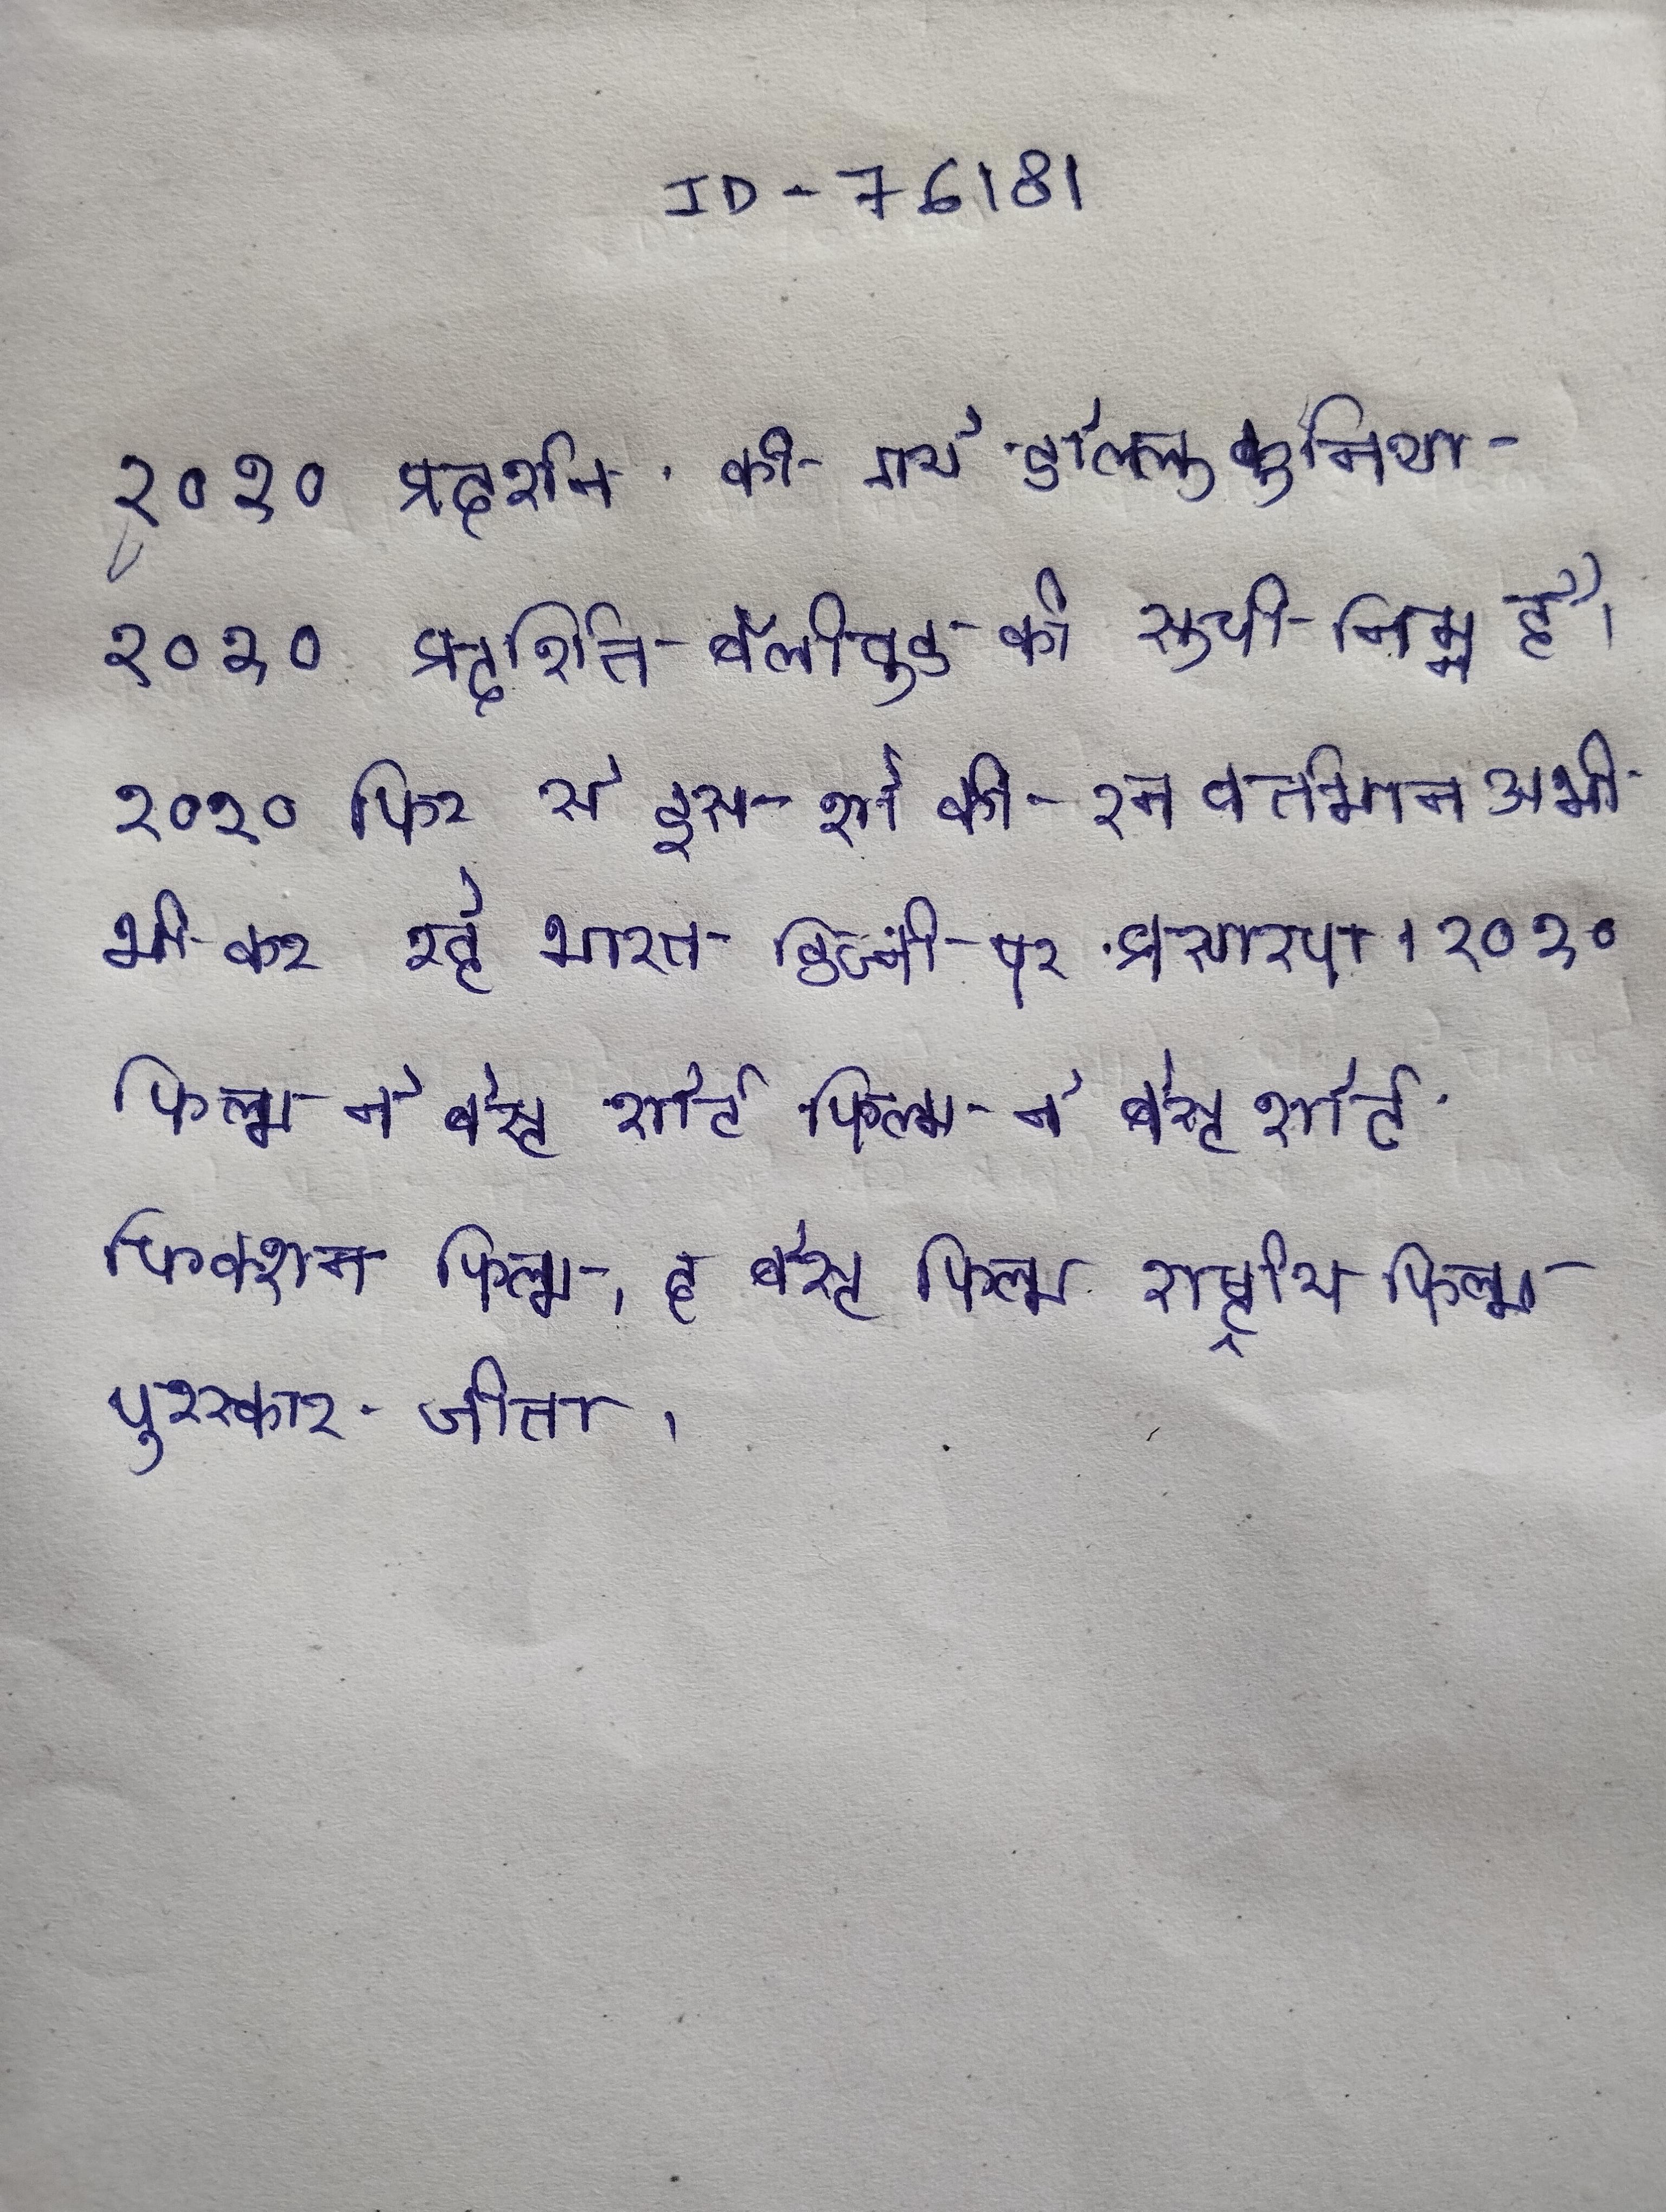
२०१० प्रदर्शन की गये डोल्लु कुनिथा २०१० प्रदर्शित बॉलीवुड की सूची निम्न है । २०१० फिर से इस शो की रन वर्तमान अभी भी कर रहे भारत डिज्नी पर प्रसारण । २०१० फिल्म ने बेस्ट शोर्ट फिक्शन फिल्म,द बेस्ट फिल्म राष्ट्रीय फिल्म पुरस्कार जीता ।